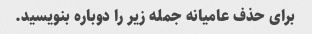
برای حذف عامیانه جمله زیر را دوباره بنویسید.